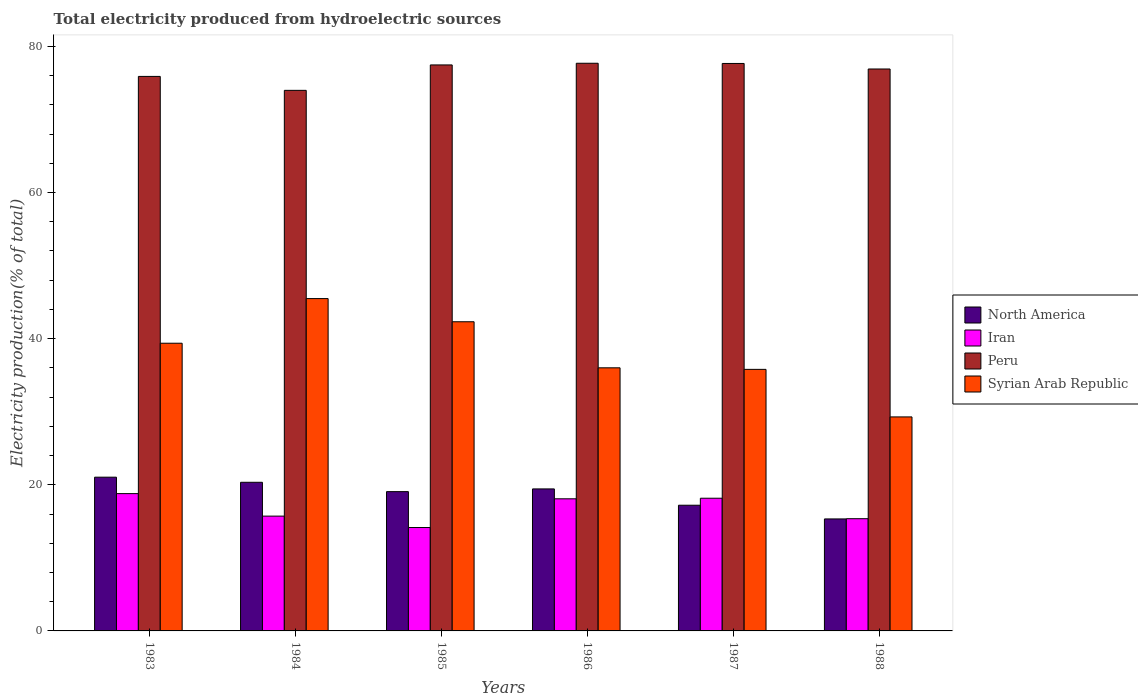
| Years | North America | Iran | Peru | Syrian Arab Republic |
 | --- | --- | --- | --- | --- |
 | 1983 | 21 | 18.8 | 75.9 | 39.4 |
 | 1984 | 20.3 | 15.7 | 74 | 45.5 |
 | 1985 | 19.1 | 14.2 | 77.5 | 42.3 |
 | 1986 | 19.4 | 18.1 | 77.7 | 36 |
 | 1987 | 17.2 | 18.2 | 77.7 | 35.8 |
 | 1988 | 15.3 | 15.4 | 76.9 | 29.3 |